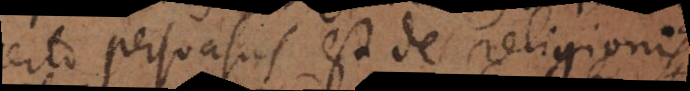
certo persuasus est de religionis